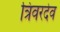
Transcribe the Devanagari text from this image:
त्रिवरदेव